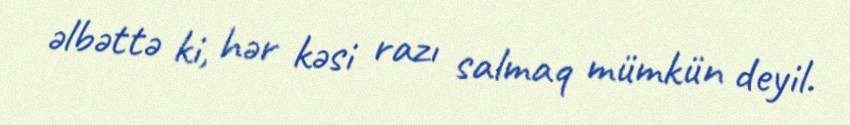
əlbəttə ki, hər kəsi razı salmaq mümkün deyil.